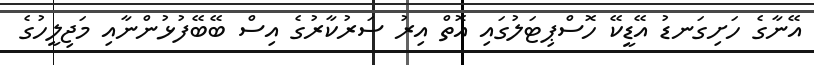
އޭނާގެ ހަށިގަނޑު އޭޑީކޭ ހޮސްޕިޓަލުގައި އޮތް އިރު ސަރުކާރުގެ އިސް ބޭބޭފުޅުންނާއި މަޖިލީހުގެ